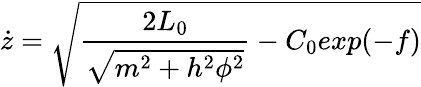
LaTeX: \dot{z}=\sqrt{\frac{2L_{0}}{\sqrt{m^{2}+h^{2}\phi^{2}}}-C_{0}exp(-f)}